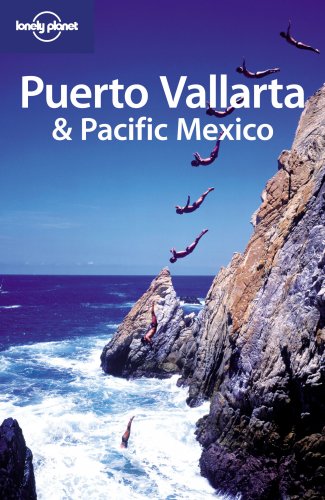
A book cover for Puerto Vallarta & Pacific Mexico (Regional Travel Guide); Greg Benchwick; Travel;